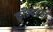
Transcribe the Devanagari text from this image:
क्रॉम्पटन